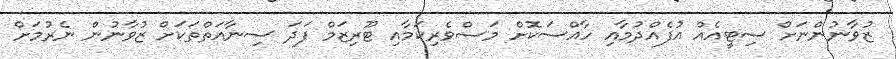
ޒުވާނުންނަށް ސިޓީއެއް އުފެއްދުމާއި ހާއްސަކޮށް މަސްވެރިކަމާއި ޓޫރިޒަމް ފަދަ ސިނާއަތްތަކަށް ޒުވާނުން ނެރުމަށް